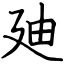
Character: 廸